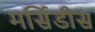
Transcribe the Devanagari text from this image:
मर्सिडीस